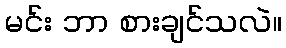
မင်း ဘာ စားချင်သလဲ။